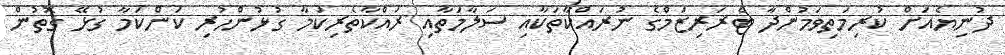
ދުނިޔެއަށް ކުރިމަތިވަމުންދާ ޓެރަރިޒަމްގެ ނުރައްކާތަކާއި ސަލާމަތާއި ރައްކާތެރިކަމާ ގުޅުންހުރި ކަންކަމާ ގުޅޭ ގޮތުން